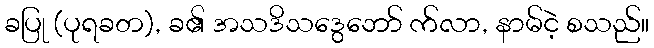
ခပြု (ပုရခတ), ခ၏ အသဒိသဒွေဘော် က်လာ, နာမ်ငဲ့ စသည်။